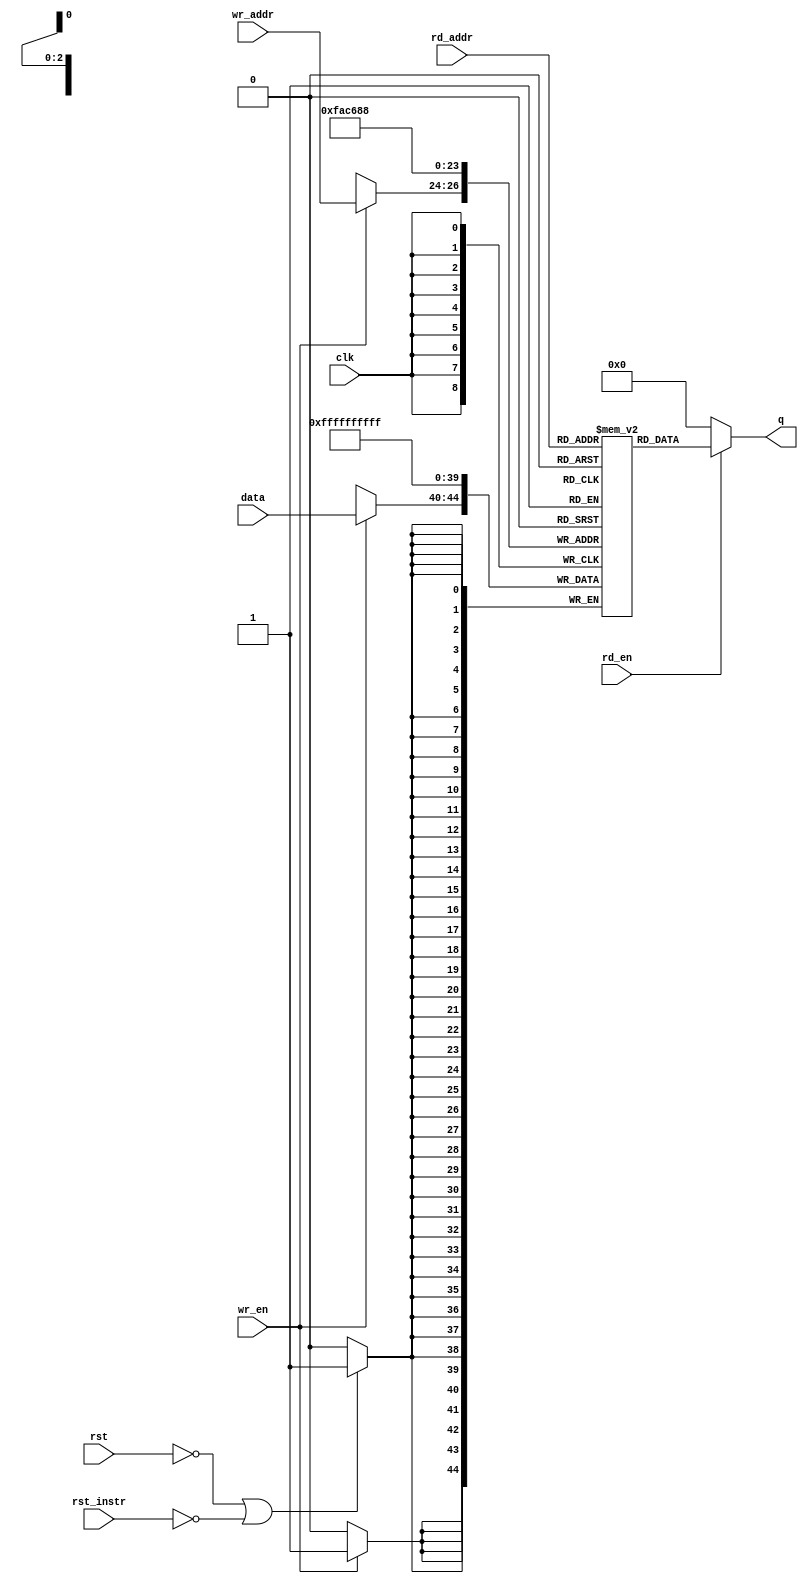
/*******************************************************************************
@ddblock_begin copyright

Copyright (c) 1997-2022
Maryland DSPCAD Research Group, The University of Maryland at College Park 

Permission is hereby granted, without written agreement and without
license or royalty fees, to use, copy, modify, and distribute this
software and its documentation for any purpose, provided that the above
copyright notice and the following two paragraphs appear in all copies
of this software.

IN NO EVENT SHALL THE UNIVERSITY OF MARYLAND BE LIABLE TO ANY PARTY
FOR DIRECT, INDIRECT, SPECIAL, INCIDENTAL, OR CONSEQUENTIAL DAMAGES
ARISING OUT OF THE USE OF THIS SOFTWARE AND ITS DOCUMENTATION, EVEN IF
THE UNIVERSITY OF MARYLAND HAS BEEN ADVISED OF THE POSSIBILITY OF
SUCH DAMAGE.

THE UNIVERSITY OF MARYLAND SPECIFICALLY DISCLAIMS ANY WARRANTIES,
INCLUDING, BUT NOT LIMITED TO, THE IMPLIED WARRANTIES OF
MERCHANTABILITY AND FITNESS FOR A PARTICULAR PURPOSE. THE SOFTWARE
PROVIDED HEREUNDER IS ON AN "AS IS" BASIS, AND THE UNIVERSITY OF
MARYLAND HAS NO OBLIGATION TO PROVIDE MAINTENANCE, SUPPORT, UPDATES,
ENHANCEMENTS, OR MODIFICATIONS.

@ddblock_end copyright
*******************************************************************************/

/*******************************************************************************
This is an edited version of the single port RAM (random access memory) module.

--- INPUTS: ---

data:  data to be written into the RAM

wr_addr:  RAM address for writing data

rd_addr: RAM address for reading data

wr_en: enable signal for activating write operation (active high)

rd_en: enable signal for activating reading operation (active high)

clk: clock
 
rst_instr: the reset instruction signal (active low)

--- OUTPUT: ---

q: data that is read out of the RAM

q_en: binary signal that goes high for a single clock cycle when data is successfully read from RAM

wr_suc: binary signal that goes high for a single clock cycle when data is successfully written to RAM

--- PARAMETERS: ---    

buffer_size: the number of tokens (integers) in each input vector. So, if size =
N, then this actor performs stream computation.  

word_size: the bit width for each of the input data  used in computation of the PEA actor.
*******************************************************************************/

`timescale 1ns/1ps
module N_ram
/*	Since this module is only for N - the word size is 5 bits and there are 8 coefficient vectors*/
        #(parameter word_size = 5, buffer_size = 8)(  
        input [word_size - 1 : 0] 	  data,
	input 				  rst_instr, // This rst is from the INSTRUCTION not the general rst signal
        input [log2(buffer_size) - 1 : 0] wr_addr,
        input [log2(buffer_size) - 1 : 0] rd_addr,
        input wr_en, rd_en, clk, rst,
        output [word_size - 1 : 0] 	  q);

    /* Declare the RAM variable */
    reg [word_size - 1 : 0] ram[buffer_size - 1 : 0];
	
    /* Variable to hold the registered read address */
    reg [log2(buffer_size) - 1 : 0] addr_reg;

   integer 			    i; // Only used in loop for reset capabiltiy
	
    always @ (posedge clk)
      begin
	/* Reset functionality */
        if (!rst || !rst_instr) begin // The reset instruction is ACTIVE LOW
	   for(i = 0; i < buffer_size; i = i+1) begin
	      ram[i] <= 5'b11111; // The "reset"/"error" degree value
	   end
	end
	
	/* Write */
        if (wr_en) begin
           ram[wr_addr] <= data;
	end
	
    end
		
		/* Read */
    assign q = (rd_en) ? ram[rd_addr] : 0;
 
    function integer log2;
    input [31 : 0] value;
	integer i;
    begin
		  if(value==1)
				log2=1;
		  else
			  begin
			  i = value - 1;
			  for (log2 = 0; i > 0; log2 = log2 + 1) begin
					i = i >> 1;
			  end
			  end
    end
    endfunction
	
endmodule